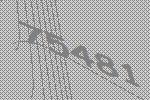
75481